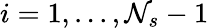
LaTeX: i=1,...,\mathcal{N}_{s}-1